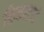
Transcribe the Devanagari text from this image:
किकस्टार्ट